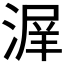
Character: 𰜣